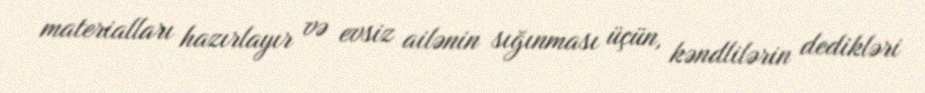
materialları hazırlayır və evsiz ailənin sığınması üçün, kəndlilərin dedikləri